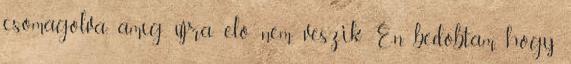
csomagolva, amíg újra elő nem veszik. Én bedobtam, hogy